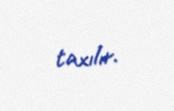
taxılır.